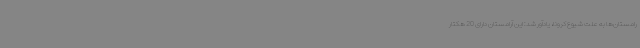
رامستان‌ها به علت شیوع کرونا، یادآور شد: این آرامستان دارای 20 هکتار